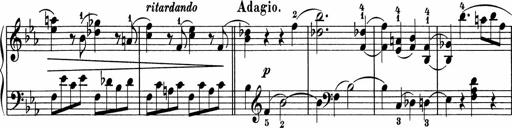
Title: 5 Sonatinen fÃ¼r die Jugend
Composer: Carl Reinecke